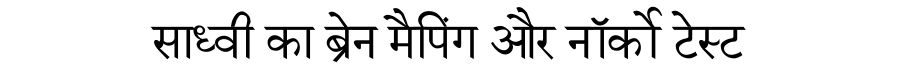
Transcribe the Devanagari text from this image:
साध्वी का ब्रेन मैपिंग और नॉर्को टेस्ट